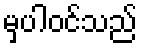
မှပါဝင်သည်